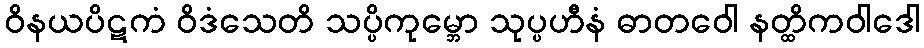
ဝိနယပိဋကံ ဝိဒံသေတိ သပ္ပိကုမ္ဘော သုပ္ပဟီနံ ဓာတဝေါ နတ္ထိကဝါဒေါ